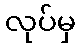
လုပ်မှ